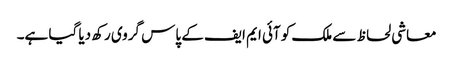
معاشی لحاظ سے ملک کو آئی ایم ایف کے پاس گروی رکھ دیا گیا ہے۔